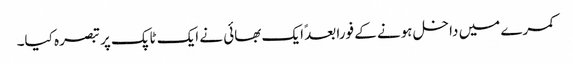
کمرے میں داخل ہونے کے فورا بعدً ایک بھائی نے ایک ٹاپک پر تبصرہ کیا۔